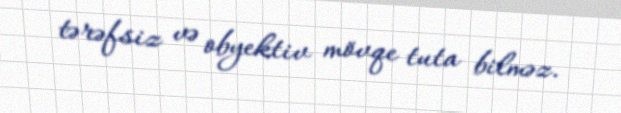
tərəfsiz və obyektiv mövqe tuta bilməz.